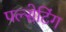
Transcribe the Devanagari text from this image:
पल्सेटिंग